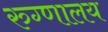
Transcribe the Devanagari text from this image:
रुग्‍णालय